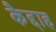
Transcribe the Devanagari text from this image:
कैद्दाह